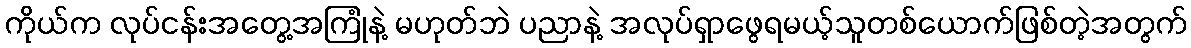
ကိုယ်က လုပ်ငန်းအတွေ့အကြုံနဲ့ မဟုတ်ဘဲ ပညာနဲ့ အလုပ်ရှာဖွေရမယ့်သူတစ်ယောက်ဖြစ်တဲ့အတွက်